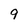
Character: 9